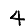
Digit: 4